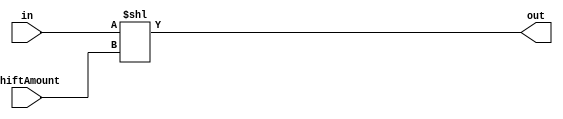
//
module log_shifter_left(in,out,shiftAmount);
    parameter data_WIDTH=32;
    parameter shift_WIDTH=5;
    input[data_WIDTH-1:0] in;
    input[shift_WIDTH-1:0] shiftAmount;
    output [data_WIDTH-1:0] out;
    assign out=in<<shiftAmount;
endmodule